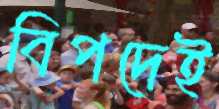
বিপদেই